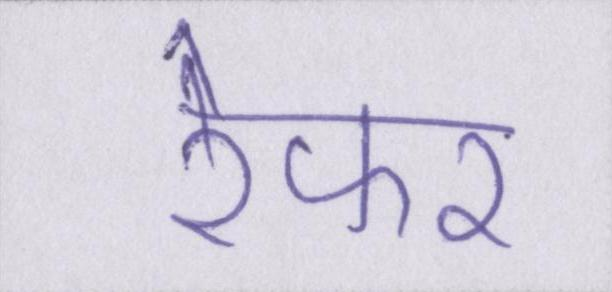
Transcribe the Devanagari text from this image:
रेफर